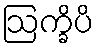
ဩက္ခိပိ